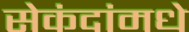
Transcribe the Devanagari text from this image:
सेकंदांमधे